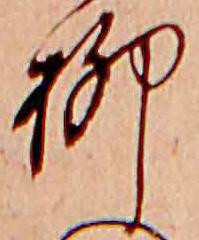
柳